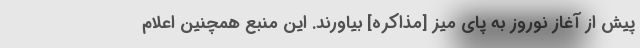
پیش از آغاز نوروز به پای میز [مذاکره] بیاورند. این منبع همچنین اعلام